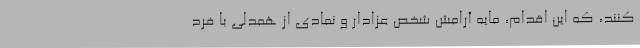
کنند، که این اقدام، مایه آرامش شخص عزادار و نمادی از همدلی با فرد